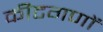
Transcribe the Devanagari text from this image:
कीटगणों